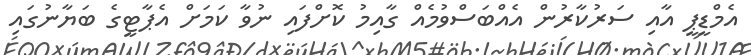
އެމްޑީޕީ އާއި ސަރުކާރުން އެއްބަސްވުމެއް ގާއިމު ކޮށްފައި ނުވާ ކަމަށް އެޕާޓީގެ ބަޔާނުގައި